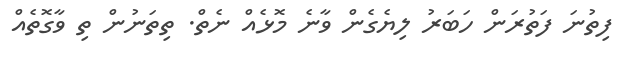
ފިތުނަ ފަތުރަން ހަބަރު ލިޔެގެން ވާނެ މޮޅެއް ނެތް. ތިތަނުން ތި ވާގޮތެއް